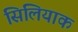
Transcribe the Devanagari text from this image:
सिलियाक